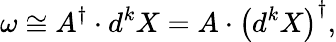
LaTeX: \omega\cong A^{\dagger}\cdot d^{k}X=A\cdot\left(d^{k}X\right)^{\dagger},